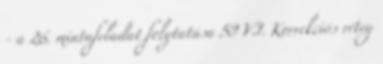
- a 26. mintafeladat folytatása 59 VI. Korrekciós réteg